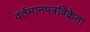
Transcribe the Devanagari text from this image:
वर्तमानपत्रविक्रेता